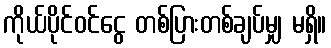
ကိုယ်ပိုင်ဝင်ငွေ တစ်ပြားတစ်ချပ်မျှ မရှိ။